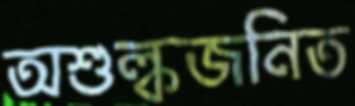
অশুল্কজনিত